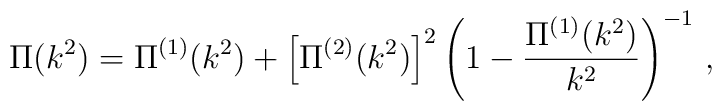
\Pi(k^{2}) = \Pi^{(1)}(k^{2}) +                 \left[ \Pi^{(2)}(k^{2}) \right]^{2}                 \left( 1 - \frac{\Pi^{(1)}(k^{2})}{k^{2}} \right)^{-1} \, ,